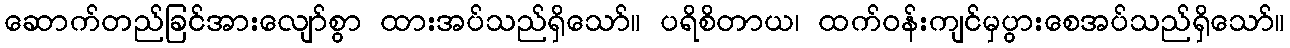
ဆောက်တည်ခြင်အားလျော်စွာ ထားအပ်သည်ရှိသော်။ ပရိစိတာယ၊ ထက်ဝန်းကျင်မှပွားစေအပ်သည်ရှိသော်။